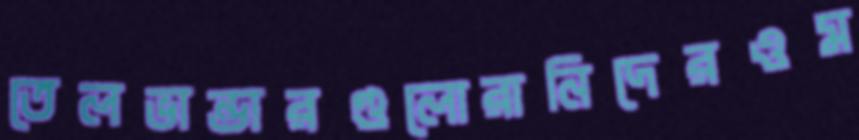
তেলভান্ডারগুলোরানিদেরওম